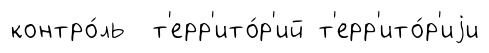
контро́ль т'ерр'ито́р'ий т'ерр'ито́р'иjи